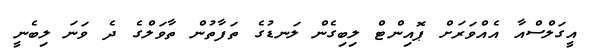
އީގަލްސްއާ އެއްވަރަށް ޕޮއިންޓް ލިބިގެން ލަނޑުގެ ތަފާތުން ތާވަލްގެ ދެ ވަނަ ލިބެނީ